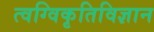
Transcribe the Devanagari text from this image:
त्वग्विकृतिविज्ञान